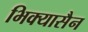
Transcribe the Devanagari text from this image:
भिक्यासैन